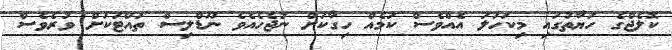
ކޮލެޖްގެ ހަޔާތުގައި މިކަހަލަ އެއްވެސް ކަމެއް ހިގާކަށް ނުޖެހެއެވެ ނޫޑްލިސް ތައްޓަކަށް ވުރެވެސް